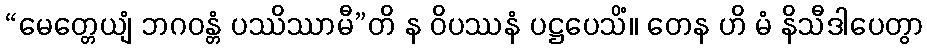
“မေတ္တေယျံ ဘဂဝန္တံ ပဿိဿာမီ”တိ န ဝိပဿနံ ပဋ္ဌပေသိံ။ တေန ဟိ မံ နိသီဒါပေတွာ